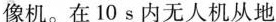
像机。在10s内无人机从地